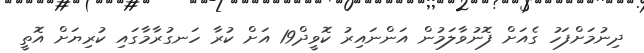
ދިނުމަށްފަހު ގެއަށް ފޮނުވާލަމުން އަންނައިރު ކޮވީދް19 އަށް ކުރާ ހަނގުރާމާގައި ކުރިޔަށް އޮތީ